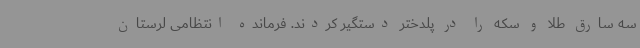
سه سارق طلا و سکه را در پلدختر دستگیر کردند. فرمانده انتظامی لرستان